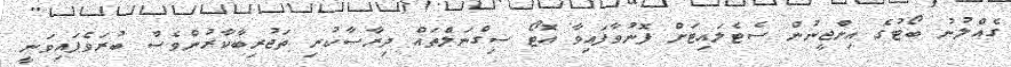
ގެއްލުނު ބޯޓުގެ އިންޖީނުން ސެޓެލައިޓަށް ފޮނުވާފައިވާ އޮޓޯ ސިގްނަލްތައް ދިރާސާކުރި ތަޖުރިބާކާރުންވެސް ބުރަވެފައިވަނީ